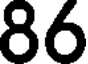
86